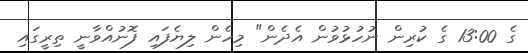
ގެ 13:00 ގެ ކުރިން ނުހުޅުވުން އެދެން" މިހެން ލިޔެފައި ފޮނުއްވާނީ ތިރީގައި